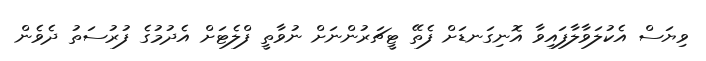
ވިޔަސް އެކުލަވާލާފައިވާ އޮނިގަނޑަށް ފެތޭ ޓީޗަރުންނަށް ނުވާތީ ފްލެޓަށް އެދުމުގެ ފުރުސަތު ދެވެން